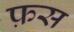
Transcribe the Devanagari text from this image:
फ़स